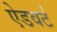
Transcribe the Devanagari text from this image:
ऐडवर्ट